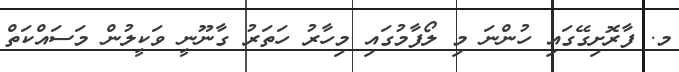
މ. ފާރޮށިގޭގައި ހުންނަ މި ލޯފާމުގައި މިހާރު ހަތަރު ގާނޫނީ ވަކީލުން މަސައްކަތް